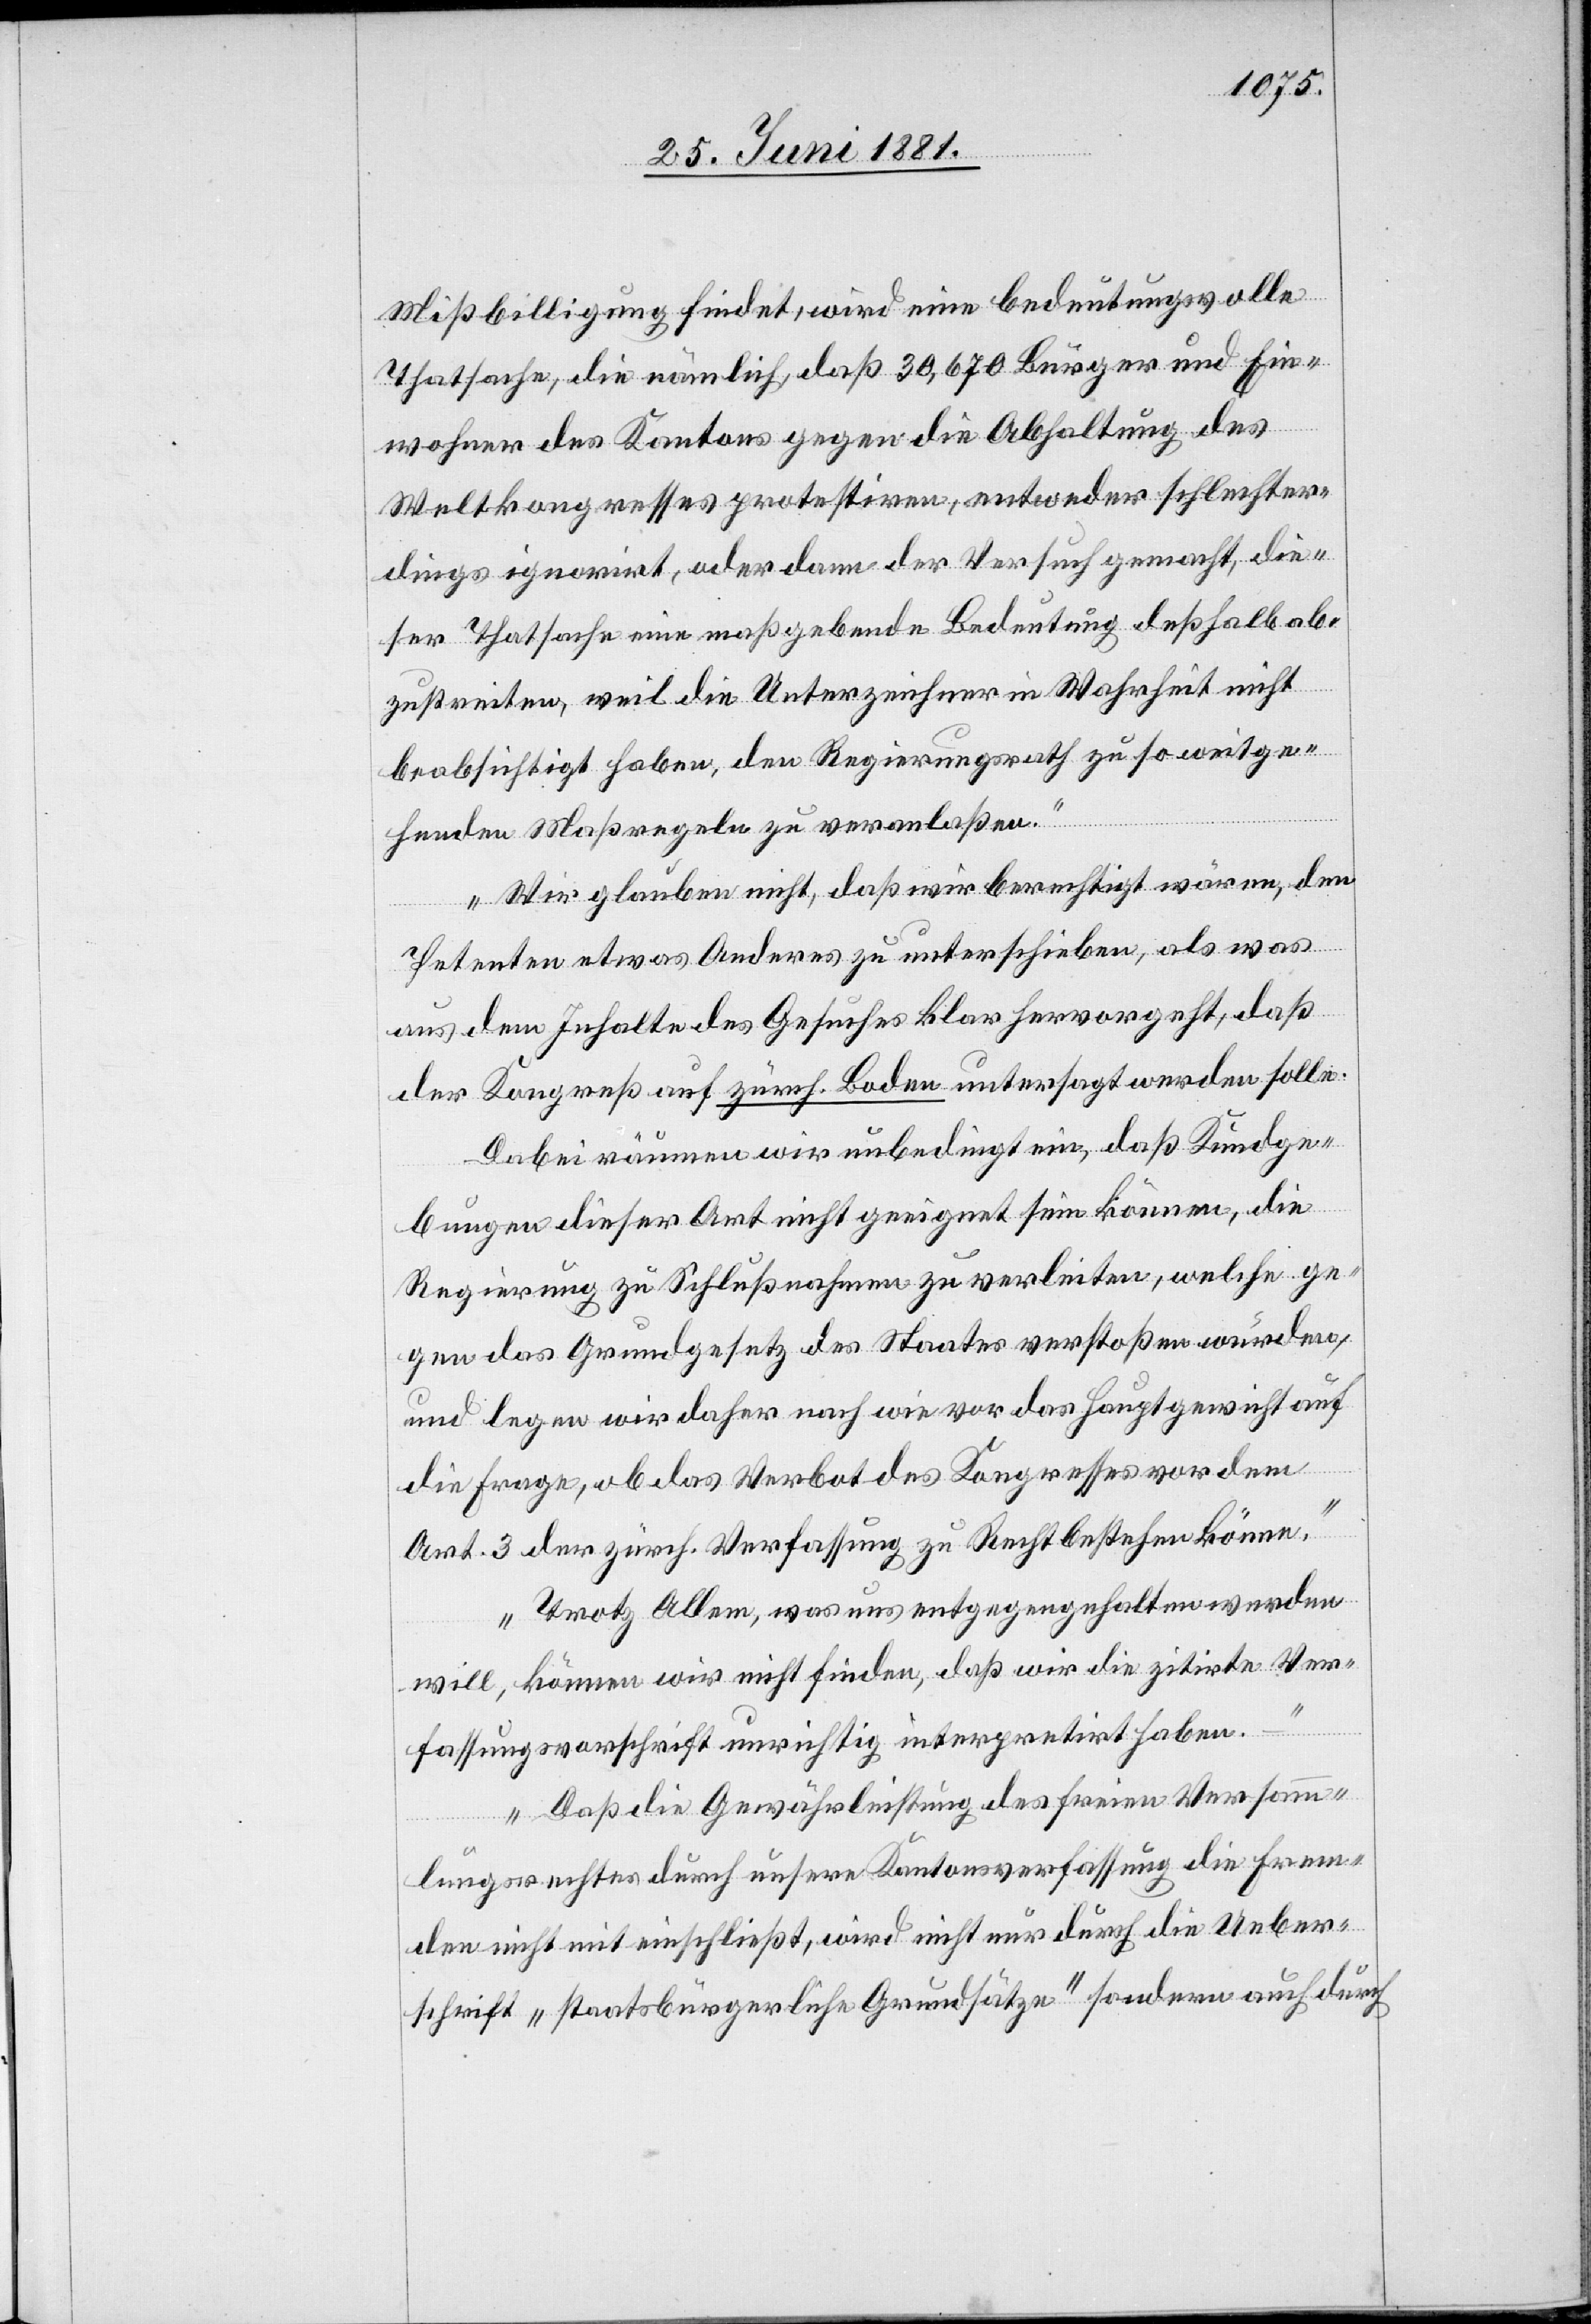
Mißbilligung findet, wird eine bedeutungsvolle
Thatsache, die nämlich, daß 30,670 Bürger und Ein¬
wohner des Kantons gegen die Abhaltung des
Weltkongresses protestiren, entweder schlechter¬
dings ignorirt, oder dann der Versuch gemacht, die¬
ser Thatsache eine maßgebende Bedeutung deßhalb ab¬
zustreiten, weil die Unterzeichner in Wahrheit nicht
beabsichtigt haben, den Regierungsrath zu so weitge¬
henden Maßregeln zu veranlaßen.
Wir glauben nicht, daß wir berechtigt wären, den
Petenten etwas Anderes zu unterschieben, als was
aus dem Inhalte des Gesuches klar hervorgeht, daß
der Kongreß auf zürch. Boden untersagt werden solle.
Dabei räumen wir unbedingt ein, daß Kundge¬
bungen dieser Art nicht geeignet sein können, die
Regierung zu Schlußnahmen zu verleiten, welche ge¬
gen das Grundgesetz des Staates verstoßen würden,
und legen wir daher nach wie vor das Hautgewicht auf
die Frage, ob das Verbot des Kongresses vor dem
Art. 3 der zürch. Verfassung zu Recht bestehen könne.
Trotz Allem, was uns entgegengehalten werden
will, können wir nicht finden, daß wir die zitirte Ver¬
fassungsvorschrift unrichtig interpretirt haben.
Daß die Gewährleistung des freien Versamm¬
lungsrechtes durch unsere Kantonsverfassung die Frem¬
den nicht mit einschließt, wird nicht nur durch die Ueber¬
schrift „staatsbürgerliche Grundsätze“ sondern auch durch